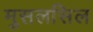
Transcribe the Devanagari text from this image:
मुसलसिल